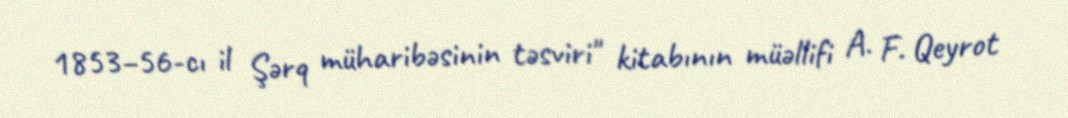
1853–56-cı il Şərq müharibəsinin təsviri" kitabının müəllifi A. F. Qeyrot